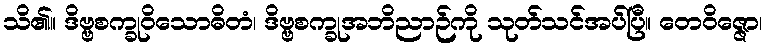
သိ၏။ ဒိဗ္ဗစက္ခုဝိသောဓိတံ၊ ဒိဗ္ဗစက္ခုအဘိညာဉ်ကို သုတ်သင်အပ်ပြီ။ တေဝိဇ္ဇော၊